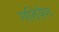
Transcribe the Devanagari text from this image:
गतिवेग